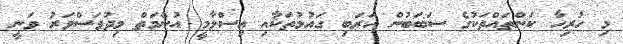
މި ހުރިހާ ކަންތައްތަކުގެ ސަބަބުން އަރަބި ގައުމުތަކާއި އިސްލާމީ އުންމަތް މިދުވަސްވަރު ވަނީ